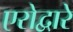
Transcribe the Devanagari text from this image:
एरोद्वारे